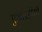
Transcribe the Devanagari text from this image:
एआरडीसी